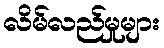
လိမ်လည်မှုများ